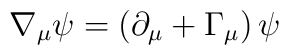
\nabla_\mu\psi=(\partial_\mu+\Gamma_\mu)\,\psi